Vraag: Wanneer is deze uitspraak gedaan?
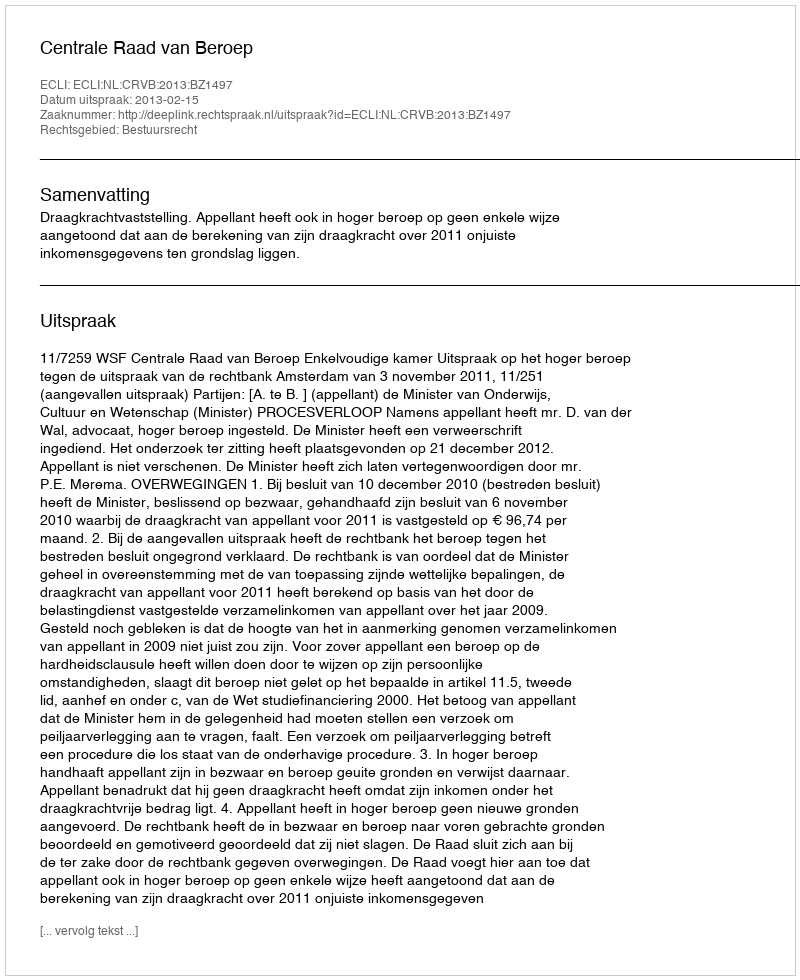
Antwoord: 2013-02-15